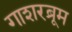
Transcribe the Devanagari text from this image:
गाशरब्रूम